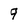
Character: 9